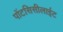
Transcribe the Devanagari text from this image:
पोंटसिसीलाईट